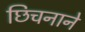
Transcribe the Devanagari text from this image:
छिचनाने